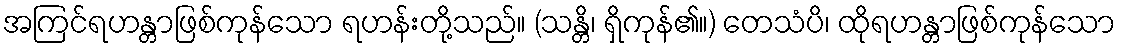
အကြင်ရဟန္တာဖြစ်ကုန်သော ရဟန်းတို့သည်။ (သန္တိ၊ ရှိကုန်၏။) တေသံပိ၊ ထိုရဟန္တာဖြစ်ကုန်သော